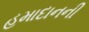
હમાદાનની